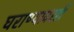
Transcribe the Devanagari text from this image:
घराण्यावरही